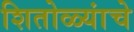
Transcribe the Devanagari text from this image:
शितोळ्यांचे